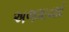
અજમાવશો